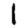
Digit: 1